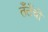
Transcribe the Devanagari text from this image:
तँतँची